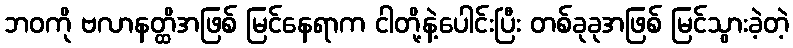
ဘဝကို ဗလာနတ္ထိအဖြစ် မြင်နေရာက ငါတို့နဲ့ပေါင်းပြီး တစ်ခုခုအဖြစ် မြင်သွားခဲ့တဲ့